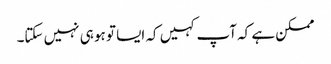
ممکن ہے کہ آپ کہیں کہ ایسا تو ہو ہی نہیں سکتا۔